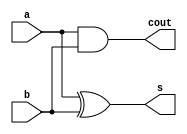
module half_adder(s,cout,a,b);
input a,b;
output s,cout;
xor(s,a,b);
and(cout,a,b);
endmodule
module full_adder(s,cout,a,b,cin);
input a,b,cin;
output s,cout;
wire s1,cout1,cout2;
half_adder h1(s1,cout1,a,b);
half_adder h2(s,cout2,s1,cin);
or(cout,cout1,cout2);
endmodule
module Four_bit_full_adder(s,cout,a,b,cin);
input [3:0]a,b;
input cin;
output [3:0]s;
output cout;
wire [2:0]c;
full_adder f0(s[0],c[0],a[0],b[0],cin);
full_adder f1(s[1],c[1],a[1],b[1],c[0]);
full_adder f2(s[2],c[2],a[2],b[2],c[1]);
full_adder f3(s[3],cout,a[3],b[3],c[2]);
endmodule
module Four_bit_full_adder_tb;
reg [3:0]a,b;
reg  cin;
wire [3:0]s;
wire  cout;
Four_bit_full_adder fbfa(s,cout,a,b,cin);
initial begin 
a=4'b0000; b=4'b0000; cin=1'b0; #50;
a=4'b0001; b=4'b1000; cin=1'b0; #50;
a=4'b0100; b=4'b0001; cin=1'b0; #50;
a=4'b0100; b=4'b0100; cin=1'b0; #50;
end endmodule